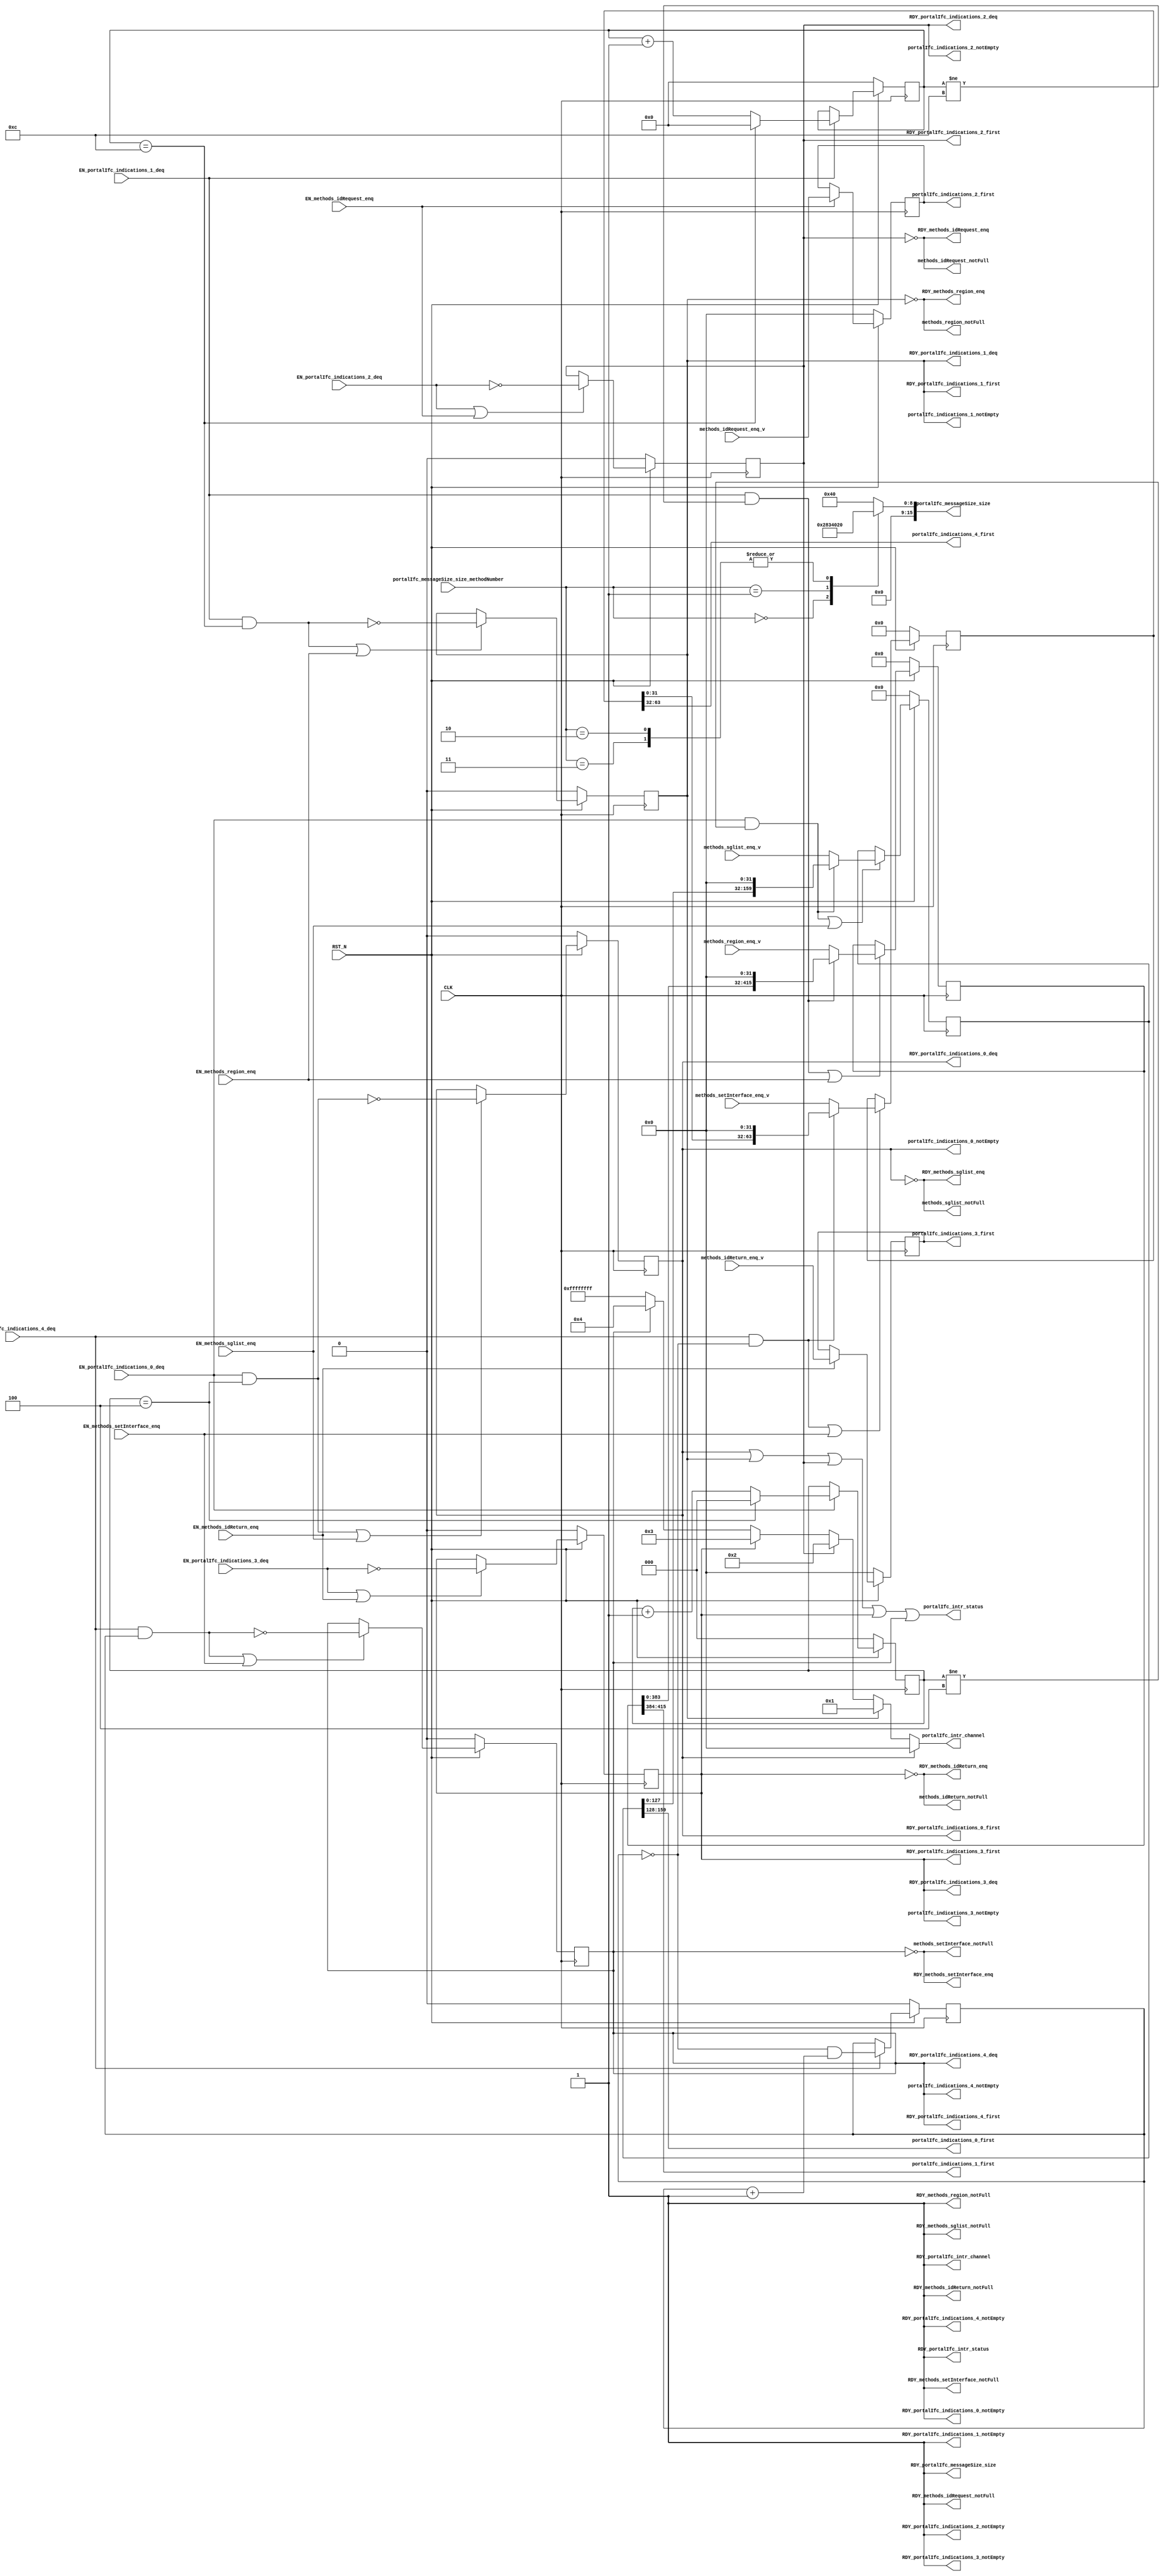
//
// Generated by Bluespec Compiler, version 2023.01 (build 52adafa5)
//
// timestamp removed
//
// BVI format method schedule info:
// schedule methods_sglist_enq  CF ( methods_region_enq,
// 				  methods_region_notFull,
// 				  methods_idRequest_enq,
// 				  methods_idRequest_notFull,
// 				  methods_idReturn_enq,
// 				  methods_idReturn_notFull,
// 				  methods_setInterface_enq,
// 				  methods_setInterface_notFull,
// 				  portalIfc_messageSize_size,
// 				  portalIfc_indications_0_first,
// 				  portalIfc_indications_0_deq,
// 				  portalIfc_indications_1_first,
// 				  portalIfc_indications_1_deq,
// 				  portalIfc_indications_1_notEmpty,
// 				  portalIfc_indications_2_first,
// 				  portalIfc_indications_2_deq,
// 				  portalIfc_indications_2_notEmpty,
// 				  portalIfc_indications_3_first,
// 				  portalIfc_indications_3_deq,
// 				  portalIfc_indications_3_notEmpty,
// 				  portalIfc_indications_4_first,
// 				  portalIfc_indications_4_deq,
// 				  portalIfc_indications_4_notEmpty );
// schedule methods_sglist_enq  C ( methods_sglist_enq );
//
// schedule methods_sglist_notFull  CF ( methods_sglist_notFull,
// 				      methods_region_enq,
// 				      methods_region_notFull,
// 				      methods_idRequest_enq,
// 				      methods_idRequest_notFull,
// 				      methods_idReturn_enq,
// 				      methods_idReturn_notFull,
// 				      methods_setInterface_enq,
// 				      methods_setInterface_notFull,
// 				      portalIfc_messageSize_size,
// 				      portalIfc_indications_0_first,
// 				      portalIfc_indications_0_notEmpty,
// 				      portalIfc_indications_1_first,
// 				      portalIfc_indications_1_deq,
// 				      portalIfc_indications_1_notEmpty,
// 				      portalIfc_indications_2_first,
// 				      portalIfc_indications_2_deq,
// 				      portalIfc_indications_2_notEmpty,
// 				      portalIfc_indications_3_first,
// 				      portalIfc_indications_3_deq,
// 				      portalIfc_indications_3_notEmpty,
// 				      portalIfc_indications_4_first,
// 				      portalIfc_indications_4_deq,
// 				      portalIfc_indications_4_notEmpty,
// 				      portalIfc_intr_status,
// 				      portalIfc_intr_channel );
// schedule methods_sglist_notFull  SB ( methods_sglist_enq,
// 				      portalIfc_indications_0_deq );
//
// schedule methods_region_enq  CF ( methods_sglist_enq,
// 				  methods_sglist_notFull,
// 				  methods_idRequest_enq,
// 				  methods_idRequest_notFull,
// 				  methods_idReturn_enq,
// 				  methods_idReturn_notFull,
// 				  methods_setInterface_enq,
// 				  methods_setInterface_notFull,
// 				  portalIfc_messageSize_size,
// 				  portalIfc_indications_0_first,
// 				  portalIfc_indications_0_deq,
// 				  portalIfc_indications_0_notEmpty,
// 				  portalIfc_indications_1_first,
// 				  portalIfc_indications_1_deq,
// 				  portalIfc_indications_2_first,
// 				  portalIfc_indications_2_deq,
// 				  portalIfc_indications_2_notEmpty,
// 				  portalIfc_indications_3_first,
// 				  portalIfc_indications_3_deq,
// 				  portalIfc_indications_3_notEmpty,
// 				  portalIfc_indications_4_first,
// 				  portalIfc_indications_4_deq,
// 				  portalIfc_indications_4_notEmpty );
// schedule methods_region_enq  C ( methods_region_enq );
//
// schedule methods_region_notFull  CF ( methods_sglist_enq,
// 				      methods_sglist_notFull,
// 				      methods_region_notFull,
// 				      methods_idRequest_enq,
// 				      methods_idRequest_notFull,
// 				      methods_idReturn_enq,
// 				      methods_idReturn_notFull,
// 				      methods_setInterface_enq,
// 				      methods_setInterface_notFull,
// 				      portalIfc_messageSize_size,
// 				      portalIfc_indications_0_first,
// 				      portalIfc_indications_0_deq,
// 				      portalIfc_indications_0_notEmpty,
// 				      portalIfc_indications_1_first,
// 				      portalIfc_indications_1_notEmpty,
// 				      portalIfc_indications_2_first,
// 				      portalIfc_indications_2_deq,
// 				      portalIfc_indications_2_notEmpty,
// 				      portalIfc_indications_3_first,
// 				      portalIfc_indications_3_deq,
// 				      portalIfc_indications_3_notEmpty,
// 				      portalIfc_indications_4_first,
// 				      portalIfc_indications_4_deq,
// 				      portalIfc_indications_4_notEmpty,
// 				      portalIfc_intr_status,
// 				      portalIfc_intr_channel );
// schedule methods_region_notFull  SB ( methods_region_enq,
// 				      portalIfc_indications_1_deq );
//
// schedule methods_idRequest_enq  CF ( methods_sglist_enq,
// 				     methods_sglist_notFull,
// 				     methods_region_enq,
// 				     methods_region_notFull,
// 				     methods_idReturn_enq,
// 				     methods_idReturn_notFull,
// 				     methods_setInterface_enq,
// 				     methods_setInterface_notFull,
// 				     portalIfc_messageSize_size,
// 				     portalIfc_indications_0_first,
// 				     portalIfc_indications_0_deq,
// 				     portalIfc_indications_0_notEmpty,
// 				     portalIfc_indications_1_first,
// 				     portalIfc_indications_1_deq,
// 				     portalIfc_indications_1_notEmpty,
// 				     portalIfc_indications_2_first,
// 				     portalIfc_indications_2_deq,
// 				     portalIfc_indications_3_first,
// 				     portalIfc_indications_3_deq,
// 				     portalIfc_indications_3_notEmpty,
// 				     portalIfc_indications_4_first,
// 				     portalIfc_indications_4_deq,
// 				     portalIfc_indications_4_notEmpty );
// schedule methods_idRequest_enq  C ( methods_idRequest_enq );
//
// schedule methods_idRequest_notFull  CF ( methods_sglist_enq,
// 					 methods_sglist_notFull,
// 					 methods_region_enq,
// 					 methods_region_notFull,
// 					 methods_idRequest_notFull,
// 					 methods_idReturn_enq,
// 					 methods_idReturn_notFull,
// 					 methods_setInterface_enq,
// 					 methods_setInterface_notFull,
// 					 portalIfc_messageSize_size,
// 					 portalIfc_indications_0_first,
// 					 portalIfc_indications_0_deq,
// 					 portalIfc_indications_0_notEmpty,
// 					 portalIfc_indications_1_first,
// 					 portalIfc_indications_1_deq,
// 					 portalIfc_indications_1_notEmpty,
// 					 portalIfc_indications_2_first,
// 					 portalIfc_indications_2_notEmpty,
// 					 portalIfc_indications_3_first,
// 					 portalIfc_indications_3_deq,
// 					 portalIfc_indications_3_notEmpty,
// 					 portalIfc_indications_4_first,
// 					 portalIfc_indications_4_deq,
// 					 portalIfc_indications_4_notEmpty,
// 					 portalIfc_intr_status,
// 					 portalIfc_intr_channel );
// schedule methods_idRequest_notFull  SB ( methods_idRequest_enq,
// 					 portalIfc_indications_2_deq );
//
// schedule methods_idReturn_enq  CF ( methods_sglist_enq,
// 				    methods_sglist_notFull,
// 				    methods_region_enq,
// 				    methods_region_notFull,
// 				    methods_idRequest_enq,
// 				    methods_idRequest_notFull,
// 				    methods_setInterface_enq,
// 				    methods_setInterface_notFull,
// 				    portalIfc_messageSize_size,
// 				    portalIfc_indications_0_first,
// 				    portalIfc_indications_0_deq,
// 				    portalIfc_indications_0_notEmpty,
// 				    portalIfc_indications_1_first,
// 				    portalIfc_indications_1_deq,
// 				    portalIfc_indications_1_notEmpty,
// 				    portalIfc_indications_2_first,
// 				    portalIfc_indications_2_deq,
// 				    portalIfc_indications_2_notEmpty,
// 				    portalIfc_indications_3_first,
// 				    portalIfc_indications_3_deq,
// 				    portalIfc_indications_4_first,
// 				    portalIfc_indications_4_deq,
// 				    portalIfc_indications_4_notEmpty );
// schedule methods_idReturn_enq  C ( methods_idReturn_enq );
//
// schedule methods_idReturn_notFull  CF ( methods_sglist_enq,
// 					methods_sglist_notFull,
// 					methods_region_enq,
// 					methods_region_notFull,
// 					methods_idRequest_enq,
// 					methods_idRequest_notFull,
// 					methods_idReturn_notFull,
// 					methods_setInterface_enq,
// 					methods_setInterface_notFull,
// 					portalIfc_messageSize_size,
// 					portalIfc_indications_0_first,
// 					portalIfc_indications_0_deq,
// 					portalIfc_indications_0_notEmpty,
// 					portalIfc_indications_1_first,
// 					portalIfc_indications_1_deq,
// 					portalIfc_indications_1_notEmpty,
// 					portalIfc_indications_2_first,
// 					portalIfc_indications_2_deq,
// 					portalIfc_indications_2_notEmpty,
// 					portalIfc_indications_3_first,
// 					portalIfc_indications_3_notEmpty,
// 					portalIfc_indications_4_first,
// 					portalIfc_indications_4_deq,
// 					portalIfc_indications_4_notEmpty,
// 					portalIfc_intr_status,
// 					portalIfc_intr_channel );
// schedule methods_idReturn_notFull  SB ( methods_idReturn_enq,
// 					portalIfc_indications_3_deq );
//
// schedule methods_setInterface_enq  CF ( methods_sglist_enq,
// 					methods_sglist_notFull,
// 					methods_region_enq,
// 					methods_region_notFull,
// 					methods_idRequest_enq,
// 					methods_idRequest_notFull,
// 					methods_idReturn_enq,
// 					methods_idReturn_notFull,
// 					portalIfc_messageSize_size,
// 					portalIfc_indications_0_first,
// 					portalIfc_indications_0_deq,
// 					portalIfc_indications_0_notEmpty,
// 					portalIfc_indications_1_first,
// 					portalIfc_indications_1_deq,
// 					portalIfc_indications_1_notEmpty,
// 					portalIfc_indications_2_first,
// 					portalIfc_indications_2_deq,
// 					portalIfc_indications_2_notEmpty,
// 					portalIfc_indications_3_first,
// 					portalIfc_indications_3_deq,
// 					portalIfc_indications_3_notEmpty,
// 					portalIfc_indications_4_first,
// 					portalIfc_indications_4_deq );
// schedule methods_setInterface_enq  C ( methods_setInterface_enq );
//
// schedule methods_setInterface_notFull  CF ( methods_sglist_enq,
// 					    methods_sglist_notFull,
// 					    methods_region_enq,
// 					    methods_region_notFull,
// 					    methods_idRequest_enq,
// 					    methods_idRequest_notFull,
// 					    methods_idReturn_enq,
// 					    methods_idReturn_notFull,
// 					    methods_setInterface_notFull,
// 					    portalIfc_messageSize_size,
// 					    portalIfc_indications_0_first,
// 					    portalIfc_indications_0_deq,
// 					    portalIfc_indications_0_notEmpty,
// 					    portalIfc_indications_1_first,
// 					    portalIfc_indications_1_deq,
// 					    portalIfc_indications_1_notEmpty,
// 					    portalIfc_indications_2_first,
// 					    portalIfc_indications_2_deq,
// 					    portalIfc_indications_2_notEmpty,
// 					    portalIfc_indications_3_first,
// 					    portalIfc_indications_3_deq,
// 					    portalIfc_indications_3_notEmpty,
// 					    portalIfc_indications_4_first,
// 					    portalIfc_indications_4_notEmpty,
// 					    portalIfc_intr_status,
// 					    portalIfc_intr_channel );
// schedule methods_setInterface_notFull  SB ( methods_setInterface_enq,
// 					    portalIfc_indications_4_deq );
//
// schedule portalIfc_messageSize_size  CF ( methods_sglist_enq,
// 					  methods_sglist_notFull,
// 					  methods_region_enq,
// 					  methods_region_notFull,
// 					  methods_idRequest_enq,
// 					  methods_idRequest_notFull,
// 					  methods_idReturn_enq,
// 					  methods_idReturn_notFull,
// 					  methods_setInterface_enq,
// 					  methods_setInterface_notFull,
// 					  portalIfc_messageSize_size,
// 					  portalIfc_indications_0_first,
// 					  portalIfc_indications_0_deq,
// 					  portalIfc_indications_0_notEmpty,
// 					  portalIfc_indications_1_first,
// 					  portalIfc_indications_1_deq,
// 					  portalIfc_indications_1_notEmpty,
// 					  portalIfc_indications_2_first,
// 					  portalIfc_indications_2_deq,
// 					  portalIfc_indications_2_notEmpty,
// 					  portalIfc_indications_3_first,
// 					  portalIfc_indications_3_deq,
// 					  portalIfc_indications_3_notEmpty,
// 					  portalIfc_indications_4_first,
// 					  portalIfc_indications_4_deq,
// 					  portalIfc_indications_4_notEmpty,
// 					  portalIfc_intr_status,
// 					  portalIfc_intr_channel );
//
// schedule portalIfc_indications_0_first  CF ( methods_sglist_enq,
// 					     methods_sglist_notFull,
// 					     methods_region_enq,
// 					     methods_region_notFull,
// 					     methods_idRequest_enq,
// 					     methods_idRequest_notFull,
// 					     methods_idReturn_enq,
// 					     methods_idReturn_notFull,
// 					     methods_setInterface_enq,
// 					     methods_setInterface_notFull,
// 					     portalIfc_messageSize_size,
// 					     portalIfc_indications_0_first,
// 					     portalIfc_indications_0_notEmpty,
// 					     portalIfc_indications_1_first,
// 					     portalIfc_indications_1_deq,
// 					     portalIfc_indications_1_notEmpty,
// 					     portalIfc_indications_2_first,
// 					     portalIfc_indications_2_deq,
// 					     portalIfc_indications_2_notEmpty,
// 					     portalIfc_indications_3_first,
// 					     portalIfc_indications_3_deq,
// 					     portalIfc_indications_3_notEmpty,
// 					     portalIfc_indications_4_first,
// 					     portalIfc_indications_4_deq,
// 					     portalIfc_indications_4_notEmpty,
// 					     portalIfc_intr_status,
// 					     portalIfc_intr_channel );
// schedule portalIfc_indications_0_first  SB ( portalIfc_indications_0_deq );
//
// schedule portalIfc_indications_0_deq  CF ( methods_sglist_enq,
// 					   methods_region_enq,
// 					   methods_region_notFull,
// 					   methods_idRequest_enq,
// 					   methods_idRequest_notFull,
// 					   methods_idReturn_enq,
// 					   methods_idReturn_notFull,
// 					   methods_setInterface_enq,
// 					   methods_setInterface_notFull,
// 					   portalIfc_messageSize_size,
// 					   portalIfc_indications_1_first,
// 					   portalIfc_indications_1_deq,
// 					   portalIfc_indications_1_notEmpty,
// 					   portalIfc_indications_2_first,
// 					   portalIfc_indications_2_deq,
// 					   portalIfc_indications_2_notEmpty,
// 					   portalIfc_indications_3_first,
// 					   portalIfc_indications_3_deq,
// 					   portalIfc_indications_3_notEmpty,
// 					   portalIfc_indications_4_first,
// 					   portalIfc_indications_4_deq,
// 					   portalIfc_indications_4_notEmpty );
// schedule portalIfc_indications_0_deq  C ( portalIfc_indications_0_deq );
//
// schedule portalIfc_indications_0_notEmpty  CF ( methods_sglist_notFull,
// 						methods_region_enq,
// 						methods_region_notFull,
// 						methods_idRequest_enq,
// 						methods_idRequest_notFull,
// 						methods_idReturn_enq,
// 						methods_idReturn_notFull,
// 						methods_setInterface_enq,
// 						methods_setInterface_notFull,
// 						portalIfc_messageSize_size,
// 						portalIfc_indications_0_first,
// 						portalIfc_indications_0_notEmpty,
// 						portalIfc_indications_1_first,
// 						portalIfc_indications_1_deq,
// 						portalIfc_indications_1_notEmpty,
// 						portalIfc_indications_2_first,
// 						portalIfc_indications_2_deq,
// 						portalIfc_indications_2_notEmpty,
// 						portalIfc_indications_3_first,
// 						portalIfc_indications_3_deq,
// 						portalIfc_indications_3_notEmpty,
// 						portalIfc_indications_4_first,
// 						portalIfc_indications_4_deq,
// 						portalIfc_indications_4_notEmpty,
// 						portalIfc_intr_status,
// 						portalIfc_intr_channel );
// schedule portalIfc_indications_0_notEmpty  SB ( methods_sglist_enq,
// 						portalIfc_indications_0_deq );
//
// schedule portalIfc_indications_1_first  CF ( methods_sglist_enq,
// 					     methods_sglist_notFull,
// 					     methods_region_enq,
// 					     methods_region_notFull,
// 					     methods_idRequest_enq,
// 					     methods_idRequest_notFull,
// 					     methods_idReturn_enq,
// 					     methods_idReturn_notFull,
// 					     methods_setInterface_enq,
// 					     methods_setInterface_notFull,
// 					     portalIfc_messageSize_size,
// 					     portalIfc_indications_0_first,
// 					     portalIfc_indications_0_deq,
// 					     portalIfc_indications_0_notEmpty,
// 					     portalIfc_indications_1_first,
// 					     portalIfc_indications_1_notEmpty,
// 					     portalIfc_indications_2_first,
// 					     portalIfc_indications_2_deq,
// 					     portalIfc_indications_2_notEmpty,
// 					     portalIfc_indications_3_first,
// 					     portalIfc_indications_3_deq,
// 					     portalIfc_indications_3_notEmpty,
// 					     portalIfc_indications_4_first,
// 					     portalIfc_indications_4_deq,
// 					     portalIfc_indications_4_notEmpty,
// 					     portalIfc_intr_status,
// 					     portalIfc_intr_channel );
// schedule portalIfc_indications_1_first  SB ( portalIfc_indications_1_deq );
//
// schedule portalIfc_indications_1_deq  CF ( methods_sglist_enq,
// 					   methods_sglist_notFull,
// 					   methods_region_enq,
// 					   methods_idRequest_enq,
// 					   methods_idRequest_notFull,
// 					   methods_idReturn_enq,
// 					   methods_idReturn_notFull,
// 					   methods_setInterface_enq,
// 					   methods_setInterface_notFull,
// 					   portalIfc_messageSize_size,
// 					   portalIfc_indications_0_first,
// 					   portalIfc_indications_0_deq,
// 					   portalIfc_indications_0_notEmpty,
// 					   portalIfc_indications_2_first,
// 					   portalIfc_indications_2_deq,
// 					   portalIfc_indications_2_notEmpty,
// 					   portalIfc_indications_3_first,
// 					   portalIfc_indications_3_deq,
// 					   portalIfc_indications_3_notEmpty,
// 					   portalIfc_indications_4_first,
// 					   portalIfc_indications_4_deq,
// 					   portalIfc_indications_4_notEmpty );
// schedule portalIfc_indications_1_deq  C ( portalIfc_indications_1_deq );
//
// schedule portalIfc_indications_1_notEmpty  CF ( methods_sglist_enq,
// 						methods_sglist_notFull,
// 						methods_region_notFull,
// 						methods_idRequest_enq,
// 						methods_idRequest_notFull,
// 						methods_idReturn_enq,
// 						methods_idReturn_notFull,
// 						methods_setInterface_enq,
// 						methods_setInterface_notFull,
// 						portalIfc_messageSize_size,
// 						portalIfc_indications_0_first,
// 						portalIfc_indications_0_deq,
// 						portalIfc_indications_0_notEmpty,
// 						portalIfc_indications_1_first,
// 						portalIfc_indications_1_notEmpty,
// 						portalIfc_indications_2_first,
// 						portalIfc_indications_2_deq,
// 						portalIfc_indications_2_notEmpty,
// 						portalIfc_indications_3_first,
// 						portalIfc_indications_3_deq,
// 						portalIfc_indications_3_notEmpty,
// 						portalIfc_indications_4_first,
// 						portalIfc_indications_4_deq,
// 						portalIfc_indications_4_notEmpty,
// 						portalIfc_intr_status,
// 						portalIfc_intr_channel );
// schedule portalIfc_indications_1_notEmpty  SB ( methods_region_enq,
// 						portalIfc_indications_1_deq );
//
// schedule portalIfc_indications_2_first  CF ( methods_sglist_enq,
// 					     methods_sglist_notFull,
// 					     methods_region_enq,
// 					     methods_region_notFull,
// 					     methods_idRequest_enq,
// 					     methods_idRequest_notFull,
// 					     methods_idReturn_enq,
// 					     methods_idReturn_notFull,
// 					     methods_setInterface_enq,
// 					     methods_setInterface_notFull,
// 					     portalIfc_messageSize_size,
// 					     portalIfc_indications_0_first,
// 					     portalIfc_indications_0_deq,
// 					     portalIfc_indications_0_notEmpty,
// 					     portalIfc_indications_1_first,
// 					     portalIfc_indications_1_deq,
// 					     portalIfc_indications_1_notEmpty,
// 					     portalIfc_indications_2_first,
// 					     portalIfc_indications_2_notEmpty,
// 					     portalIfc_indications_3_first,
// 					     portalIfc_indications_3_deq,
// 					     portalIfc_indications_3_notEmpty,
// 					     portalIfc_indications_4_first,
// 					     portalIfc_indications_4_deq,
// 					     portalIfc_indications_4_notEmpty,
// 					     portalIfc_intr_status,
// 					     portalIfc_intr_channel );
// schedule portalIfc_indications_2_first  SB ( portalIfc_indications_2_deq );
//
// schedule portalIfc_indications_2_deq  CF ( methods_sglist_enq,
// 					   methods_sglist_notFull,
// 					   methods_region_enq,
// 					   methods_region_notFull,
// 					   methods_idRequest_enq,
// 					   methods_idReturn_enq,
// 					   methods_idReturn_notFull,
// 					   methods_setInterface_enq,
// 					   methods_setInterface_notFull,
// 					   portalIfc_messageSize_size,
// 					   portalIfc_indications_0_first,
// 					   portalIfc_indications_0_deq,
// 					   portalIfc_indications_0_notEmpty,
// 					   portalIfc_indications_1_first,
// 					   portalIfc_indications_1_deq,
// 					   portalIfc_indications_1_notEmpty,
// 					   portalIfc_indications_3_first,
// 					   portalIfc_indications_3_deq,
// 					   portalIfc_indications_3_notEmpty,
// 					   portalIfc_indications_4_first,
// 					   portalIfc_indications_4_deq,
// 					   portalIfc_indications_4_notEmpty );
// schedule portalIfc_indications_2_deq  C ( portalIfc_indications_2_deq );
//
// schedule portalIfc_indications_2_notEmpty  CF ( methods_sglist_enq,
// 						methods_sglist_notFull,
// 						methods_region_enq,
// 						methods_region_notFull,
// 						methods_idRequest_notFull,
// 						methods_idReturn_enq,
// 						methods_idReturn_notFull,
// 						methods_setInterface_enq,
// 						methods_setInterface_notFull,
// 						portalIfc_messageSize_size,
// 						portalIfc_indications_0_first,
// 						portalIfc_indications_0_deq,
// 						portalIfc_indications_0_notEmpty,
// 						portalIfc_indications_1_first,
// 						portalIfc_indications_1_deq,
// 						portalIfc_indications_1_notEmpty,
// 						portalIfc_indications_2_first,
// 						portalIfc_indications_2_notEmpty,
// 						portalIfc_indications_3_first,
// 						portalIfc_indications_3_deq,
// 						portalIfc_indications_3_notEmpty,
// 						portalIfc_indications_4_first,
// 						portalIfc_indications_4_deq,
// 						portalIfc_indications_4_notEmpty,
// 						portalIfc_intr_status,
// 						portalIfc_intr_channel );
// schedule portalIfc_indications_2_notEmpty  SB ( methods_idRequest_enq,
// 						portalIfc_indications_2_deq );
//
// schedule portalIfc_indications_3_first  CF ( methods_sglist_enq,
// 					     methods_sglist_notFull,
// 					     methods_region_enq,
// 					     methods_region_notFull,
// 					     methods_idRequest_enq,
// 					     methods_idRequest_notFull,
// 					     methods_idReturn_enq,
// 					     methods_idReturn_notFull,
// 					     methods_setInterface_enq,
// 					     methods_setInterface_notFull,
// 					     portalIfc_messageSize_size,
// 					     portalIfc_indications_0_first,
// 					     portalIfc_indications_0_deq,
// 					     portalIfc_indications_0_notEmpty,
// 					     portalIfc_indications_1_first,
// 					     portalIfc_indications_1_deq,
// 					     portalIfc_indications_1_notEmpty,
// 					     portalIfc_indications_2_first,
// 					     portalIfc_indications_2_deq,
// 					     portalIfc_indications_2_notEmpty,
// 					     portalIfc_indications_3_first,
// 					     portalIfc_indications_3_notEmpty,
// 					     portalIfc_indications_4_first,
// 					     portalIfc_indications_4_deq,
// 					     portalIfc_indications_4_notEmpty,
// 					     portalIfc_intr_status,
// 					     portalIfc_intr_channel );
// schedule portalIfc_indications_3_first  SB ( portalIfc_indications_3_deq );
//
// schedule portalIfc_indications_3_deq  CF ( methods_sglist_enq,
// 					   methods_sglist_notFull,
// 					   methods_region_enq,
// 					   methods_region_notFull,
// 					   methods_idRequest_enq,
// 					   methods_idRequest_notFull,
// 					   methods_idReturn_enq,
// 					   methods_setInterface_enq,
// 					   methods_setInterface_notFull,
// 					   portalIfc_messageSize_size,
// 					   portalIfc_indications_0_first,
// 					   portalIfc_indications_0_deq,
// 					   portalIfc_indications_0_notEmpty,
// 					   portalIfc_indications_1_first,
// 					   portalIfc_indications_1_deq,
// 					   portalIfc_indications_1_notEmpty,
// 					   portalIfc_indications_2_first,
// 					   portalIfc_indications_2_deq,
// 					   portalIfc_indications_2_notEmpty,
// 					   portalIfc_indications_4_first,
// 					   portalIfc_indications_4_deq,
// 					   portalIfc_indications_4_notEmpty );
// schedule portalIfc_indications_3_deq  C ( portalIfc_indications_3_deq );
//
// schedule portalIfc_indications_3_notEmpty  CF ( methods_sglist_enq,
// 						methods_sglist_notFull,
// 						methods_region_enq,
// 						methods_region_notFull,
// 						methods_idRequest_enq,
// 						methods_idRequest_notFull,
// 						methods_idReturn_notFull,
// 						methods_setInterface_enq,
// 						methods_setInterface_notFull,
// 						portalIfc_messageSize_size,
// 						portalIfc_indications_0_first,
// 						portalIfc_indications_0_deq,
// 						portalIfc_indications_0_notEmpty,
// 						portalIfc_indications_1_first,
// 						portalIfc_indications_1_deq,
// 						portalIfc_indications_1_notEmpty,
// 						portalIfc_indications_2_first,
// 						portalIfc_indications_2_deq,
// 						portalIfc_indications_2_notEmpty,
// 						portalIfc_indications_3_first,
// 						portalIfc_indications_3_notEmpty,
// 						portalIfc_indications_4_first,
// 						portalIfc_indications_4_deq,
// 						portalIfc_indications_4_notEmpty,
// 						portalIfc_intr_status,
// 						portalIfc_intr_channel );
// schedule portalIfc_indications_3_notEmpty  SB ( methods_idReturn_enq,
// 						portalIfc_indications_3_deq );
//
// schedule portalIfc_indications_4_first  CF ( methods_sglist_enq,
// 					     methods_sglist_notFull,
// 					     methods_region_enq,
// 					     methods_region_notFull,
// 					     methods_idRequest_enq,
// 					     methods_idRequest_notFull,
// 					     methods_idReturn_enq,
// 					     methods_idReturn_notFull,
// 					     methods_setInterface_enq,
// 					     methods_setInterface_notFull,
// 					     portalIfc_messageSize_size,
// 					     portalIfc_indications_0_first,
// 					     portalIfc_indications_0_deq,
// 					     portalIfc_indications_0_notEmpty,
// 					     portalIfc_indications_1_first,
// 					     portalIfc_indications_1_deq,
// 					     portalIfc_indications_1_notEmpty,
// 					     portalIfc_indications_2_first,
// 					     portalIfc_indications_2_deq,
// 					     portalIfc_indications_2_notEmpty,
// 					     portalIfc_indications_3_first,
// 					     portalIfc_indications_3_deq,
// 					     portalIfc_indications_3_notEmpty,
// 					     portalIfc_indications_4_first,
// 					     portalIfc_indications_4_notEmpty,
// 					     portalIfc_intr_status,
// 					     portalIfc_intr_channel );
// schedule portalIfc_indications_4_first  SB ( portalIfc_indications_4_deq );
//
// schedule portalIfc_indications_4_deq  CF ( methods_sglist_enq,
// 					   methods_sglist_notFull,
// 					   methods_region_enq,
// 					   methods_region_notFull,
// 					   methods_idRequest_enq,
// 					   methods_idRequest_notFull,
// 					   methods_idReturn_enq,
// 					   methods_idReturn_notFull,
// 					   methods_setInterface_enq,
// 					   portalIfc_messageSize_size,
// 					   portalIfc_indications_0_first,
// 					   portalIfc_indications_0_deq,
// 					   portalIfc_indications_0_notEmpty,
// 					   portalIfc_indications_1_first,
// 					   portalIfc_indications_1_deq,
// 					   portalIfc_indications_1_notEmpty,
// 					   portalIfc_indications_2_first,
// 					   portalIfc_indications_2_deq,
// 					   portalIfc_indications_2_notEmpty,
// 					   portalIfc_indications_3_first,
// 					   portalIfc_indications_3_deq,
// 					   portalIfc_indications_3_notEmpty );
// schedule portalIfc_indications_4_deq  C ( portalIfc_indications_4_deq );
//
// schedule portalIfc_indications_4_notEmpty  CF ( methods_sglist_enq,
// 						methods_sglist_notFull,
// 						methods_region_enq,
// 						methods_region_notFull,
// 						methods_idRequest_enq,
// 						methods_idRequest_notFull,
// 						methods_idReturn_enq,
// 						methods_idReturn_notFull,
// 						methods_setInterface_notFull,
// 						portalIfc_messageSize_size,
// 						portalIfc_indications_0_first,
// 						portalIfc_indications_0_deq,
// 						portalIfc_indications_0_notEmpty,
// 						portalIfc_indications_1_first,
// 						portalIfc_indications_1_deq,
// 						portalIfc_indications_1_notEmpty,
// 						portalIfc_indications_2_first,
// 						portalIfc_indications_2_deq,
// 						portalIfc_indications_2_notEmpty,
// 						portalIfc_indications_3_first,
// 						portalIfc_indications_3_deq,
// 						portalIfc_indications_3_notEmpty,
// 						portalIfc_indications_4_first,
// 						portalIfc_indications_4_notEmpty,
// 						portalIfc_intr_status,
// 						portalIfc_intr_channel );
// schedule portalIfc_indications_4_notEmpty  SB ( methods_setInterface_enq,
// 						portalIfc_indications_4_deq );
//
// schedule portalIfc_intr_status  CF ( methods_sglist_notFull,
// 				     methods_region_notFull,
// 				     methods_idRequest_notFull,
// 				     methods_idReturn_notFull,
// 				     methods_setInterface_notFull,
// 				     portalIfc_messageSize_size,
// 				     portalIfc_indications_0_first,
// 				     portalIfc_indications_0_notEmpty,
// 				     portalIfc_indications_1_first,
// 				     portalIfc_indications_1_notEmpty,
// 				     portalIfc_indications_2_first,
// 				     portalIfc_indications_2_notEmpty,
// 				     portalIfc_indications_3_first,
// 				     portalIfc_indications_3_notEmpty,
// 				     portalIfc_indications_4_first,
// 				     portalIfc_indications_4_notEmpty,
// 				     portalIfc_intr_status,
// 				     portalIfc_intr_channel );
// schedule portalIfc_intr_status  SB ( methods_sglist_enq,
// 				     methods_region_enq,
// 				     methods_idRequest_enq,
// 				     methods_idReturn_enq,
// 				     methods_setInterface_enq,
// 				     portalIfc_indications_0_deq,
// 				     portalIfc_indications_1_deq,
// 				     portalIfc_indications_2_deq,
// 				     portalIfc_indications_3_deq,
// 				     portalIfc_indications_4_deq );
//
// schedule portalIfc_intr_channel  CF ( methods_sglist_notFull,
// 				      methods_region_notFull,
// 				      methods_idRequest_notFull,
// 				      methods_idReturn_notFull,
// 				      methods_setInterface_notFull,
// 				      portalIfc_messageSize_size,
// 				      portalIfc_indications_0_first,
// 				      portalIfc_indications_0_notEmpty,
// 				      portalIfc_indications_1_first,
// 				      portalIfc_indications_1_notEmpty,
// 				      portalIfc_indications_2_first,
// 				      portalIfc_indications_2_notEmpty,
// 				      portalIfc_indications_3_first,
// 				      portalIfc_indications_3_notEmpty,
// 				      portalIfc_indications_4_first,
// 				      portalIfc_indications_4_notEmpty,
// 				      portalIfc_intr_status,
// 				      portalIfc_intr_channel );
// schedule portalIfc_intr_channel  SB ( methods_sglist_enq,
// 				      methods_region_enq,
// 				      methods_idRequest_enq,
// 				      methods_idReturn_enq,
// 				      methods_setInterface_enq,
// 				      portalIfc_indications_0_deq,
// 				      portalIfc_indications_1_deq,
// 				      portalIfc_indications_2_deq,
// 				      portalIfc_indications_3_deq,
// 				      portalIfc_indications_4_deq );
//
//
// Ports:
// Name                         I/O  size props
// RDY_methods_sglist_enq         O     1
// methods_sglist_notFull         O     1
// RDY_methods_sglist_notFull     O     1 const
// RDY_methods_region_enq         O     1
// methods_region_notFull         O     1
// RDY_methods_region_notFull     O     1 const
// RDY_methods_idRequest_enq      O     1
// methods_idRequest_notFull      O     1
// RDY_methods_idRequest_notFull  O     1 const
// RDY_methods_idReturn_enq       O     1
// methods_idReturn_notFull       O     1
// RDY_methods_idReturn_notFull   O     1 const
// RDY_methods_setInterface_enq   O     1
// methods_setInterface_notFull   O     1
// RDY_methods_setInterface_notFull  O     1 const
// portalIfc_messageSize_size     O    16
// RDY_portalIfc_messageSize_size  O     1 const
// portalIfc_indications_0_first  O    32 reg
// RDY_portalIfc_indications_0_first  O     1 reg
// RDY_portalIfc_indications_0_deq  O     1 reg
// portalIfc_indications_0_notEmpty  O     1 reg
// RDY_portalIfc_indications_0_notEmpty  O     1 const
// portalIfc_indications_1_first  O    32 reg
// RDY_portalIfc_indications_1_first  O     1 reg
// RDY_portalIfc_indications_1_deq  O     1 reg
// portalIfc_indications_1_notEmpty  O     1 reg
// RDY_portalIfc_indications_1_notEmpty  O     1 const
// portalIfc_indications_2_first  O    32 reg
// RDY_portalIfc_indications_2_first  O     1 reg
// RDY_portalIfc_indications_2_deq  O     1 reg
// portalIfc_indications_2_notEmpty  O     1 reg
// RDY_portalIfc_indications_2_notEmpty  O     1 const
// portalIfc_indications_3_first  O    32 reg
// RDY_portalIfc_indications_3_first  O     1 reg
// RDY_portalIfc_indications_3_deq  O     1 reg
// portalIfc_indications_3_notEmpty  O     1 reg
// RDY_portalIfc_indications_3_notEmpty  O     1 const
// portalIfc_indications_4_first  O    32 reg
// RDY_portalIfc_indications_4_first  O     1 reg
// RDY_portalIfc_indications_4_deq  O     1 reg
// portalIfc_indications_4_notEmpty  O     1 reg
// RDY_portalIfc_indications_4_notEmpty  O     1 const
// portalIfc_intr_status          O     1
// RDY_portalIfc_intr_status      O     1 const
// portalIfc_intr_channel         O    32
// RDY_portalIfc_intr_channel     O     1 const
// CLK                            I     1 clock
// RST_N                          I     1 reset
// methods_sglist_enq_v           I   160
// methods_region_enq_v           I   416
// methods_idRequest_enq_v        I    32 reg
// methods_idReturn_enq_v         I    32 reg
// methods_setInterface_enq_v     I    64
// portalIfc_messageSize_size_methodNumber  I    16
// EN_methods_sglist_enq          I     1
// EN_methods_region_enq          I     1
// EN_methods_idRequest_enq       I     1
// EN_methods_idReturn_enq        I     1
// EN_methods_setInterface_enq    I     1
// EN_portalIfc_indications_0_deq  I     1
// EN_portalIfc_indications_1_deq  I     1
// EN_portalIfc_indications_2_deq  I     1
// EN_portalIfc_indications_3_deq  I     1
// EN_portalIfc_indications_4_deq  I     1
//
// Combinational paths from inputs to outputs:
//   portalIfc_messageSize_size_methodNumber -> portalIfc_messageSize_size
//
//

`ifdef BSV_ASSIGNMENT_DELAY
`else
  `define BSV_ASSIGNMENT_DELAY
`endif

`ifdef BSV_POSITIVE_RESET
  `define BSV_RESET_VALUE 1'b1
  `define BSV_RESET_EDGE posedge
`else
  `define BSV_RESET_VALUE 1'b0
  `define BSV_RESET_EDGE negedge
`endif

module mkMMURequestOutputPipes(CLK,
			       RST_N,

			       methods_sglist_enq_v,
			       EN_methods_sglist_enq,
			       RDY_methods_sglist_enq,

			       methods_sglist_notFull,
			       RDY_methods_sglist_notFull,

			       methods_region_enq_v,
			       EN_methods_region_enq,
			       RDY_methods_region_enq,

			       methods_region_notFull,
			       RDY_methods_region_notFull,

			       methods_idRequest_enq_v,
			       EN_methods_idRequest_enq,
			       RDY_methods_idRequest_enq,

			       methods_idRequest_notFull,
			       RDY_methods_idRequest_notFull,

			       methods_idReturn_enq_v,
			       EN_methods_idReturn_enq,
			       RDY_methods_idReturn_enq,

			       methods_idReturn_notFull,
			       RDY_methods_idReturn_notFull,

			       methods_setInterface_enq_v,
			       EN_methods_setInterface_enq,
			       RDY_methods_setInterface_enq,

			       methods_setInterface_notFull,
			       RDY_methods_setInterface_notFull,

			       portalIfc_messageSize_size_methodNumber,
			       portalIfc_messageSize_size,
			       RDY_portalIfc_messageSize_size,

			       portalIfc_indications_0_first,
			       RDY_portalIfc_indications_0_first,

			       EN_portalIfc_indications_0_deq,
			       RDY_portalIfc_indications_0_deq,

			       portalIfc_indications_0_notEmpty,
			       RDY_portalIfc_indications_0_notEmpty,

			       portalIfc_indications_1_first,
			       RDY_portalIfc_indications_1_first,

			       EN_portalIfc_indications_1_deq,
			       RDY_portalIfc_indications_1_deq,

			       portalIfc_indications_1_notEmpty,
			       RDY_portalIfc_indications_1_notEmpty,

			       portalIfc_indications_2_first,
			       RDY_portalIfc_indications_2_first,

			       EN_portalIfc_indications_2_deq,
			       RDY_portalIfc_indications_2_deq,

			       portalIfc_indications_2_notEmpty,
			       RDY_portalIfc_indications_2_notEmpty,

			       portalIfc_indications_3_first,
			       RDY_portalIfc_indications_3_first,

			       EN_portalIfc_indications_3_deq,
			       RDY_portalIfc_indications_3_deq,

			       portalIfc_indications_3_notEmpty,
			       RDY_portalIfc_indications_3_notEmpty,

			       portalIfc_indications_4_first,
			       RDY_portalIfc_indications_4_first,

			       EN_portalIfc_indications_4_deq,
			       RDY_portalIfc_indications_4_deq,

			       portalIfc_indications_4_notEmpty,
			       RDY_portalIfc_indications_4_notEmpty,

			       portalIfc_intr_status,
			       RDY_portalIfc_intr_status,

			       portalIfc_intr_channel,
			       RDY_portalIfc_intr_channel);
  input  CLK;
  input  RST_N;

  // action method methods_sglist_enq
  input  [159 : 0] methods_sglist_enq_v;
  input  EN_methods_sglist_enq;
  output RDY_methods_sglist_enq;

  // value method methods_sglist_notFull
  output methods_sglist_notFull;
  output RDY_methods_sglist_notFull;

  // action method methods_region_enq
  input  [415 : 0] methods_region_enq_v;
  input  EN_methods_region_enq;
  output RDY_methods_region_enq;

  // value method methods_region_notFull
  output methods_region_notFull;
  output RDY_methods_region_notFull;

  // action method methods_idRequest_enq
  input  [31 : 0] methods_idRequest_enq_v;
  input  EN_methods_idRequest_enq;
  output RDY_methods_idRequest_enq;

  // value method methods_idRequest_notFull
  output methods_idRequest_notFull;
  output RDY_methods_idRequest_notFull;

  // action method methods_idReturn_enq
  input  [31 : 0] methods_idReturn_enq_v;
  input  EN_methods_idReturn_enq;
  output RDY_methods_idReturn_enq;

  // value method methods_idReturn_notFull
  output methods_idReturn_notFull;
  output RDY_methods_idReturn_notFull;

  // action method methods_setInterface_enq
  input  [63 : 0] methods_setInterface_enq_v;
  input  EN_methods_setInterface_enq;
  output RDY_methods_setInterface_enq;

  // value method methods_setInterface_notFull
  output methods_setInterface_notFull;
  output RDY_methods_setInterface_notFull;

  // value method portalIfc_messageSize_size
  input  [15 : 0] portalIfc_messageSize_size_methodNumber;
  output [15 : 0] portalIfc_messageSize_size;
  output RDY_portalIfc_messageSize_size;

  // value method portalIfc_indications_0_first
  output [31 : 0] portalIfc_indications_0_first;
  output RDY_portalIfc_indications_0_first;

  // action method portalIfc_indications_0_deq
  input  EN_portalIfc_indications_0_deq;
  output RDY_portalIfc_indications_0_deq;

  // value method portalIfc_indications_0_notEmpty
  output portalIfc_indications_0_notEmpty;
  output RDY_portalIfc_indications_0_notEmpty;

  // value method portalIfc_indications_1_first
  output [31 : 0] portalIfc_indications_1_first;
  output RDY_portalIfc_indications_1_first;

  // action method portalIfc_indications_1_deq
  input  EN_portalIfc_indications_1_deq;
  output RDY_portalIfc_indications_1_deq;

  // value method portalIfc_indications_1_notEmpty
  output portalIfc_indications_1_notEmpty;
  output RDY_portalIfc_indications_1_notEmpty;

  // value method portalIfc_indications_2_first
  output [31 : 0] portalIfc_indications_2_first;
  output RDY_portalIfc_indications_2_first;

  // action method portalIfc_indications_2_deq
  input  EN_portalIfc_indications_2_deq;
  output RDY_portalIfc_indications_2_deq;

  // value method portalIfc_indications_2_notEmpty
  output portalIfc_indications_2_notEmpty;
  output RDY_portalIfc_indications_2_notEmpty;

  // value method portalIfc_indications_3_first
  output [31 : 0] portalIfc_indications_3_first;
  output RDY_portalIfc_indications_3_first;

  // action method portalIfc_indications_3_deq
  input  EN_portalIfc_indications_3_deq;
  output RDY_portalIfc_indications_3_deq;

  // value method portalIfc_indications_3_notEmpty
  output portalIfc_indications_3_notEmpty;
  output RDY_portalIfc_indications_3_notEmpty;

  // value method portalIfc_indications_4_first
  output [31 : 0] portalIfc_indications_4_first;
  output RDY_portalIfc_indications_4_first;

  // action method portalIfc_indications_4_deq
  input  EN_portalIfc_indications_4_deq;
  output RDY_portalIfc_indications_4_deq;

  // value method portalIfc_indications_4_notEmpty
  output portalIfc_indications_4_notEmpty;
  output RDY_portalIfc_indications_4_notEmpty;

  // value method portalIfc_intr_status
  output portalIfc_intr_status;
  output RDY_portalIfc_intr_status;

  // value method portalIfc_intr_channel
  output [31 : 0] portalIfc_intr_channel;
  output RDY_portalIfc_intr_channel;

  // signals for module outputs
  reg [15 : 0] portalIfc_messageSize_size;
  wire [31 : 0] portalIfc_indications_0_first,
		portalIfc_indications_1_first,
		portalIfc_indications_2_first,
		portalIfc_indications_3_first,
		portalIfc_indications_4_first,
		portalIfc_intr_channel;
  wire RDY_methods_idRequest_enq,
       RDY_methods_idRequest_notFull,
       RDY_methods_idReturn_enq,
       RDY_methods_idReturn_notFull,
       RDY_methods_region_enq,
       RDY_methods_region_notFull,
       RDY_methods_setInterface_enq,
       RDY_methods_setInterface_notFull,
       RDY_methods_sglist_enq,
       RDY_methods_sglist_notFull,
       RDY_portalIfc_indications_0_deq,
       RDY_portalIfc_indications_0_first,
       RDY_portalIfc_indications_0_notEmpty,
       RDY_portalIfc_indications_1_deq,
       RDY_portalIfc_indications_1_first,
       RDY_portalIfc_indications_1_notEmpty,
       RDY_portalIfc_indications_2_deq,
       RDY_portalIfc_indications_2_first,
       RDY_portalIfc_indications_2_notEmpty,
       RDY_portalIfc_indications_3_deq,
       RDY_portalIfc_indications_3_first,
       RDY_portalIfc_indications_3_notEmpty,
       RDY_portalIfc_indications_4_deq,
       RDY_portalIfc_indications_4_first,
       RDY_portalIfc_indications_4_notEmpty,
       RDY_portalIfc_intr_channel,
       RDY_portalIfc_intr_status,
       RDY_portalIfc_messageSize_size,
       methods_idRequest_notFull,
       methods_idReturn_notFull,
       methods_region_notFull,
       methods_setInterface_notFull,
       methods_sglist_notFull,
       portalIfc_indications_0_notEmpty,
       portalIfc_indications_1_notEmpty,
       portalIfc_indications_2_notEmpty,
       portalIfc_indications_3_notEmpty,
       portalIfc_indications_4_notEmpty,
       portalIfc_intr_status;

  // register idRequest_responseAdapter_bits
  reg [31 : 0] idRequest_responseAdapter_bits;
  wire [31 : 0] idRequest_responseAdapter_bits_D_IN;
  wire idRequest_responseAdapter_bits_EN;

  // register idRequest_responseAdapter_notEmptyReg
  reg idRequest_responseAdapter_notEmptyReg;
  wire idRequest_responseAdapter_notEmptyReg_D_IN,
       idRequest_responseAdapter_notEmptyReg_EN;

  // register idRequest_responseAdapter_shift
  reg [5 : 0] idRequest_responseAdapter_shift;
  wire [5 : 0] idRequest_responseAdapter_shift_D_IN;
  wire idRequest_responseAdapter_shift_EN;

  // register idReturn_responseAdapter_bits
  reg [31 : 0] idReturn_responseAdapter_bits;
  wire [31 : 0] idReturn_responseAdapter_bits_D_IN;
  wire idReturn_responseAdapter_bits_EN;

  // register idReturn_responseAdapter_notEmptyReg
  reg idReturn_responseAdapter_notEmptyReg;
  wire idReturn_responseAdapter_notEmptyReg_D_IN,
       idReturn_responseAdapter_notEmptyReg_EN;

  // register idReturn_responseAdapter_shift
  reg [5 : 0] idReturn_responseAdapter_shift;
  wire [5 : 0] idReturn_responseAdapter_shift_D_IN;
  wire idReturn_responseAdapter_shift_EN;

  // register region_responseAdapter_bits
  reg [415 : 0] region_responseAdapter_bits;
  wire [415 : 0] region_responseAdapter_bits_D_IN;
  wire region_responseAdapter_bits_EN;

  // register region_responseAdapter_count
  reg [3 : 0] region_responseAdapter_count;
  wire [3 : 0] region_responseAdapter_count_D_IN;
  wire region_responseAdapter_count_EN;

  // register region_responseAdapter_notEmptyReg
  reg region_responseAdapter_notEmptyReg;
  wire region_responseAdapter_notEmptyReg_D_IN,
       region_responseAdapter_notEmptyReg_EN;

  // register region_responseAdapter_shift
  reg [9 : 0] region_responseAdapter_shift;
  wire [9 : 0] region_responseAdapter_shift_D_IN;
  wire region_responseAdapter_shift_EN;

  // register setInterface_responseAdapter_bits
  reg [63 : 0] setInterface_responseAdapter_bits;
  wire [63 : 0] setInterface_responseAdapter_bits_D_IN;
  wire setInterface_responseAdapter_bits_EN;

  // register setInterface_responseAdapter_count
  reg setInterface_responseAdapter_count;
  wire setInterface_responseAdapter_count_D_IN,
       setInterface_responseAdapter_count_EN;

  // register setInterface_responseAdapter_notEmptyReg
  reg setInterface_responseAdapter_notEmptyReg;
  wire setInterface_responseAdapter_notEmptyReg_D_IN,
       setInterface_responseAdapter_notEmptyReg_EN;

  // register setInterface_responseAdapter_shift
  reg [6 : 0] setInterface_responseAdapter_shift;
  wire [6 : 0] setInterface_responseAdapter_shift_D_IN;
  wire setInterface_responseAdapter_shift_EN;

  // register sglist_responseAdapter_bits
  reg [159 : 0] sglist_responseAdapter_bits;
  wire [159 : 0] sglist_responseAdapter_bits_D_IN;
  wire sglist_responseAdapter_bits_EN;

  // register sglist_responseAdapter_count
  reg [2 : 0] sglist_responseAdapter_count;
  wire [2 : 0] sglist_responseAdapter_count_D_IN;
  wire sglist_responseAdapter_count_EN;

  // register sglist_responseAdapter_notEmptyReg
  reg sglist_responseAdapter_notEmptyReg;
  wire sglist_responseAdapter_notEmptyReg_D_IN,
       sglist_responseAdapter_notEmptyReg_EN;

  // register sglist_responseAdapter_shift
  reg [8 : 0] sglist_responseAdapter_shift;
  wire [8 : 0] sglist_responseAdapter_shift_D_IN;
  wire sglist_responseAdapter_shift_EN;

  // inputs to muxes for submodule ports
  wire [415 : 0] MUX_region_responseAdapter_bits_write_1__VAL_1;
  wire [159 : 0] MUX_sglist_responseAdapter_bits_write_1__VAL_1;
  wire [63 : 0] MUX_setInterface_responseAdapter_bits_write_1__VAL_1;
  wire MUX_region_responseAdapter_bits_write_1__SEL_1,
       MUX_region_responseAdapter_notEmptyReg_write_1__SEL_1,
       MUX_setInterface_responseAdapter_bits_write_1__SEL_1,
       MUX_setInterface_responseAdapter_notEmptyReg_write_1__SEL_1,
       MUX_sglist_responseAdapter_bits_write_1__SEL_1,
       MUX_sglist_responseAdapter_notEmptyReg_write_1__SEL_1;

  // remaining internal signals
  wire [31 : 0] IF_idRequest_responseAdapter_notEmptyReg_THEN__ETC___d54;
  wire [3 : 0] x__h1716;
  wire [2 : 0] x__h1556;
  wire x__h2003;

  // action method methods_sglist_enq
  assign RDY_methods_sglist_enq = !sglist_responseAdapter_notEmptyReg ;

  // value method methods_sglist_notFull
  assign methods_sglist_notFull = !sglist_responseAdapter_notEmptyReg ;
  assign RDY_methods_sglist_notFull = 1'd1 ;

  // action method methods_region_enq
  assign RDY_methods_region_enq = !region_responseAdapter_notEmptyReg ;

  // value method methods_region_notFull
  assign methods_region_notFull = !region_responseAdapter_notEmptyReg ;
  assign RDY_methods_region_notFull = 1'd1 ;

  // action method methods_idRequest_enq
  assign RDY_methods_idRequest_enq = !idRequest_responseAdapter_notEmptyReg ;

  // value method methods_idRequest_notFull
  assign methods_idRequest_notFull = !idRequest_responseAdapter_notEmptyReg ;
  assign RDY_methods_idRequest_notFull = 1'd1 ;

  // action method methods_idReturn_enq
  assign RDY_methods_idReturn_enq = !idReturn_responseAdapter_notEmptyReg ;

  // value method methods_idReturn_notFull
  assign methods_idReturn_notFull = !idReturn_responseAdapter_notEmptyReg ;
  assign RDY_methods_idReturn_notFull = 1'd1 ;

  // action method methods_setInterface_enq
  assign RDY_methods_setInterface_enq =
	     !setInterface_responseAdapter_notEmptyReg ;

  // value method methods_setInterface_notFull
  assign methods_setInterface_notFull =
	     !setInterface_responseAdapter_notEmptyReg ;
  assign RDY_methods_setInterface_notFull = 1'd1 ;

  // value method portalIfc_messageSize_size
  always@(portalIfc_messageSize_size_methodNumber)
  begin
    case (portalIfc_messageSize_size_methodNumber)
      16'd0: portalIfc_messageSize_size = 16'd160;
      16'd1: portalIfc_messageSize_size = 16'd416;
      16'd2, 16'd3: portalIfc_messageSize_size = 16'd32;
      default: portalIfc_messageSize_size = 16'd64;
    endcase
  end
  assign RDY_portalIfc_messageSize_size = 1'd1 ;

  // value method portalIfc_indications_0_first
  assign portalIfc_indications_0_first =
	     sglist_responseAdapter_bits[159:128] ;
  assign RDY_portalIfc_indications_0_first =
	     sglist_responseAdapter_notEmptyReg ;

  // action method portalIfc_indications_0_deq
  assign RDY_portalIfc_indications_0_deq =
	     sglist_responseAdapter_notEmptyReg ;

  // value method portalIfc_indications_0_notEmpty
  assign portalIfc_indications_0_notEmpty =
	     sglist_responseAdapter_notEmptyReg ;
  assign RDY_portalIfc_indications_0_notEmpty = 1'd1 ;

  // value method portalIfc_indications_1_first
  assign portalIfc_indications_1_first =
	     region_responseAdapter_bits[415:384] ;
  assign RDY_portalIfc_indications_1_first =
	     region_responseAdapter_notEmptyReg ;

  // action method portalIfc_indications_1_deq
  assign RDY_portalIfc_indications_1_deq =
	     region_responseAdapter_notEmptyReg ;

  // value method portalIfc_indications_1_notEmpty
  assign portalIfc_indications_1_notEmpty =
	     region_responseAdapter_notEmptyReg ;
  assign RDY_portalIfc_indications_1_notEmpty = 1'd1 ;

  // value method portalIfc_indications_2_first
  assign portalIfc_indications_2_first = idRequest_responseAdapter_bits ;
  assign RDY_portalIfc_indications_2_first =
	     idRequest_responseAdapter_notEmptyReg ;

  // action method portalIfc_indications_2_deq
  assign RDY_portalIfc_indications_2_deq =
	     idRequest_responseAdapter_notEmptyReg ;

  // value method portalIfc_indications_2_notEmpty
  assign portalIfc_indications_2_notEmpty =
	     idRequest_responseAdapter_notEmptyReg ;
  assign RDY_portalIfc_indications_2_notEmpty = 1'd1 ;

  // value method portalIfc_indications_3_first
  assign portalIfc_indications_3_first = idReturn_responseAdapter_bits ;
  assign RDY_portalIfc_indications_3_first =
	     idReturn_responseAdapter_notEmptyReg ;

  // action method portalIfc_indications_3_deq
  assign RDY_portalIfc_indications_3_deq =
	     idReturn_responseAdapter_notEmptyReg ;

  // value method portalIfc_indications_3_notEmpty
  assign portalIfc_indications_3_notEmpty =
	     idReturn_responseAdapter_notEmptyReg ;
  assign RDY_portalIfc_indications_3_notEmpty = 1'd1 ;

  // value method portalIfc_indications_4_first
  assign portalIfc_indications_4_first =
	     setInterface_responseAdapter_bits[63:32] ;
  assign RDY_portalIfc_indications_4_first =
	     setInterface_responseAdapter_notEmptyReg ;

  // action method portalIfc_indications_4_deq
  assign RDY_portalIfc_indications_4_deq =
	     setInterface_responseAdapter_notEmptyReg ;

  // value method portalIfc_indications_4_notEmpty
  assign portalIfc_indications_4_notEmpty =
	     setInterface_responseAdapter_notEmptyReg ;
  assign RDY_portalIfc_indications_4_notEmpty = 1'd1 ;

  // value method portalIfc_intr_status
  assign portalIfc_intr_status =
	     sglist_responseAdapter_notEmptyReg ||
	     region_responseAdapter_notEmptyReg ||
	     idRequest_responseAdapter_notEmptyReg ||
	     idReturn_responseAdapter_notEmptyReg ||
	     setInterface_responseAdapter_notEmptyReg ;
  assign RDY_portalIfc_intr_status = 1'd1 ;

  // value method portalIfc_intr_channel
  assign portalIfc_intr_channel =
	     sglist_responseAdapter_notEmptyReg ?
	       32'd0 :
	       (region_responseAdapter_notEmptyReg ?
		  32'd1 :
		  IF_idRequest_responseAdapter_notEmptyReg_THEN__ETC___d54) ;
  assign RDY_portalIfc_intr_channel = 1'd1 ;

  // inputs to muxes for submodule ports
  assign MUX_region_responseAdapter_bits_write_1__SEL_1 =
	     EN_portalIfc_indications_1_deq &&
	     region_responseAdapter_count != 4'd12 ;
  assign MUX_region_responseAdapter_notEmptyReg_write_1__SEL_1 =
	     EN_portalIfc_indications_1_deq &&
	     region_responseAdapter_count == 4'd12 ;
  assign MUX_setInterface_responseAdapter_bits_write_1__SEL_1 =
	     EN_portalIfc_indications_4_deq &&
	     !setInterface_responseAdapter_count ;
  assign MUX_setInterface_responseAdapter_notEmptyReg_write_1__SEL_1 =
	     EN_portalIfc_indications_4_deq &&
	     setInterface_responseAdapter_count ;
  assign MUX_sglist_responseAdapter_bits_write_1__SEL_1 =
	     EN_portalIfc_indications_0_deq &&
	     sglist_responseAdapter_count != 3'd4 ;
  assign MUX_sglist_responseAdapter_notEmptyReg_write_1__SEL_1 =
	     EN_portalIfc_indications_0_deq &&
	     sglist_responseAdapter_count == 3'd4 ;
  assign MUX_region_responseAdapter_bits_write_1__VAL_1 =
	     { region_responseAdapter_bits[383:0], 32'd0 } ;
  assign MUX_setInterface_responseAdapter_bits_write_1__VAL_1 =
	     { setInterface_responseAdapter_bits[31:0], 32'd0 } ;
  assign MUX_sglist_responseAdapter_bits_write_1__VAL_1 =
	     { sglist_responseAdapter_bits[127:0], 32'd0 } ;

  // register idRequest_responseAdapter_bits
  assign idRequest_responseAdapter_bits_D_IN = methods_idRequest_enq_v ;
  assign idRequest_responseAdapter_bits_EN = EN_methods_idRequest_enq ;

  // register idRequest_responseAdapter_notEmptyReg
  assign idRequest_responseAdapter_notEmptyReg_D_IN =
	     !EN_portalIfc_indications_2_deq ;
  assign idRequest_responseAdapter_notEmptyReg_EN =
	     EN_portalIfc_indications_2_deq || EN_methods_idRequest_enq ;

  // register idRequest_responseAdapter_shift
  assign idRequest_responseAdapter_shift_D_IN = 6'h0 ;
  assign idRequest_responseAdapter_shift_EN = 1'b0 ;

  // register idReturn_responseAdapter_bits
  assign idReturn_responseAdapter_bits_D_IN = methods_idReturn_enq_v ;
  assign idReturn_responseAdapter_bits_EN = EN_methods_idReturn_enq ;

  // register idReturn_responseAdapter_notEmptyReg
  assign idReturn_responseAdapter_notEmptyReg_D_IN =
	     !EN_portalIfc_indications_3_deq ;
  assign idReturn_responseAdapter_notEmptyReg_EN =
	     EN_portalIfc_indications_3_deq || EN_methods_idReturn_enq ;

  // register idReturn_responseAdapter_shift
  assign idReturn_responseAdapter_shift_D_IN = 6'h0 ;
  assign idReturn_responseAdapter_shift_EN = 1'b0 ;

  // register region_responseAdapter_bits
  assign region_responseAdapter_bits_D_IN =
	     MUX_region_responseAdapter_bits_write_1__SEL_1 ?
	       MUX_region_responseAdapter_bits_write_1__VAL_1 :
	       methods_region_enq_v ;
  assign region_responseAdapter_bits_EN =
	     EN_portalIfc_indications_1_deq &&
	     region_responseAdapter_count != 4'd12 ||
	     EN_methods_region_enq ;

  // register region_responseAdapter_count
  assign region_responseAdapter_count_D_IN =
	     (region_responseAdapter_count == 4'd12) ? 4'd0 : x__h1716 ;
  assign region_responseAdapter_count_EN = EN_portalIfc_indications_1_deq ;

  // register region_responseAdapter_notEmptyReg
  assign region_responseAdapter_notEmptyReg_D_IN =
	     !MUX_region_responseAdapter_notEmptyReg_write_1__SEL_1 ;
  assign region_responseAdapter_notEmptyReg_EN =
	     EN_portalIfc_indications_1_deq &&
	     region_responseAdapter_count == 4'd12 ||
	     EN_methods_region_enq ;

  // register region_responseAdapter_shift
  assign region_responseAdapter_shift_D_IN =
	     region_responseAdapter_shift + 10'd32 ;
  assign region_responseAdapter_shift_EN =
	     MUX_region_responseAdapter_bits_write_1__SEL_1 ;

  // register setInterface_responseAdapter_bits
  assign setInterface_responseAdapter_bits_D_IN =
	     MUX_setInterface_responseAdapter_bits_write_1__SEL_1 ?
	       MUX_setInterface_responseAdapter_bits_write_1__VAL_1 :
	       methods_setInterface_enq_v ;
  assign setInterface_responseAdapter_bits_EN =
	     EN_portalIfc_indications_4_deq &&
	     !setInterface_responseAdapter_count ||
	     EN_methods_setInterface_enq ;

  // register setInterface_responseAdapter_count
  assign setInterface_responseAdapter_count_D_IN =
	     !setInterface_responseAdapter_count && x__h2003 ;
  assign setInterface_responseAdapter_count_EN =
	     EN_portalIfc_indications_4_deq ;

  // register setInterface_responseAdapter_notEmptyReg
  assign setInterface_responseAdapter_notEmptyReg_D_IN =
	     !MUX_setInterface_responseAdapter_notEmptyReg_write_1__SEL_1 ;
  assign setInterface_responseAdapter_notEmptyReg_EN =
	     EN_portalIfc_indications_4_deq &&
	     setInterface_responseAdapter_count ||
	     EN_methods_setInterface_enq ;

  // register setInterface_responseAdapter_shift
  assign setInterface_responseAdapter_shift_D_IN =
	     setInterface_responseAdapter_shift + 7'd32 ;
  assign setInterface_responseAdapter_shift_EN =
	     MUX_setInterface_responseAdapter_bits_write_1__SEL_1 ;

  // register sglist_responseAdapter_bits
  assign sglist_responseAdapter_bits_D_IN =
	     MUX_sglist_responseAdapter_bits_write_1__SEL_1 ?
	       MUX_sglist_responseAdapter_bits_write_1__VAL_1 :
	       methods_sglist_enq_v ;
  assign sglist_responseAdapter_bits_EN =
	     EN_portalIfc_indications_0_deq &&
	     sglist_responseAdapter_count != 3'd4 ||
	     EN_methods_sglist_enq ;

  // register sglist_responseAdapter_count
  assign sglist_responseAdapter_count_D_IN =
	     (sglist_responseAdapter_count == 3'd4) ? 3'd0 : x__h1556 ;
  assign sglist_responseAdapter_count_EN = EN_portalIfc_indications_0_deq ;

  // register sglist_responseAdapter_notEmptyReg
  assign sglist_responseAdapter_notEmptyReg_D_IN =
	     !MUX_sglist_responseAdapter_notEmptyReg_write_1__SEL_1 ;
  assign sglist_responseAdapter_notEmptyReg_EN =
	     EN_portalIfc_indications_0_deq &&
	     sglist_responseAdapter_count == 3'd4 ||
	     EN_methods_sglist_enq ;

  // register sglist_responseAdapter_shift
  assign sglist_responseAdapter_shift_D_IN =
	     sglist_responseAdapter_shift + 9'd32 ;
  assign sglist_responseAdapter_shift_EN =
	     MUX_sglist_responseAdapter_bits_write_1__SEL_1 ;

  // remaining internal signals
  assign IF_idRequest_responseAdapter_notEmptyReg_THEN__ETC___d54 =
	     idRequest_responseAdapter_notEmptyReg ?
	       32'd2 :
	       (idReturn_responseAdapter_notEmptyReg ?
		  32'd3 :
		  (setInterface_responseAdapter_notEmptyReg ?
		     32'd4 :
		     32'hFFFFFFFF)) ;
  assign x__h1556 = sglist_responseAdapter_count + 3'd1 ;
  assign x__h1716 = region_responseAdapter_count + 4'd1 ;
  assign x__h2003 = setInterface_responseAdapter_count + 1'd1 ;

  // handling of inlined registers

  always@(posedge CLK)
  begin
    if (RST_N == `BSV_RESET_VALUE)
      begin
        idRequest_responseAdapter_bits <= `BSV_ASSIGNMENT_DELAY 32'd0;
	idRequest_responseAdapter_notEmptyReg <= `BSV_ASSIGNMENT_DELAY 1'd0;
	idRequest_responseAdapter_shift <= `BSV_ASSIGNMENT_DELAY 6'd0;
	idReturn_responseAdapter_bits <= `BSV_ASSIGNMENT_DELAY 32'd0;
	idReturn_responseAdapter_notEmptyReg <= `BSV_ASSIGNMENT_DELAY 1'd0;
	idReturn_responseAdapter_shift <= `BSV_ASSIGNMENT_DELAY 6'd0;
	region_responseAdapter_bits <= `BSV_ASSIGNMENT_DELAY 416'd0;
	region_responseAdapter_count <= `BSV_ASSIGNMENT_DELAY 4'd0;
	region_responseAdapter_notEmptyReg <= `BSV_ASSIGNMENT_DELAY 1'd0;
	region_responseAdapter_shift <= `BSV_ASSIGNMENT_DELAY 10'd0;
	setInterface_responseAdapter_bits <= `BSV_ASSIGNMENT_DELAY 64'd0;
	setInterface_responseAdapter_count <= `BSV_ASSIGNMENT_DELAY 1'd0;
	setInterface_responseAdapter_notEmptyReg <= `BSV_ASSIGNMENT_DELAY
	    1'd0;
	setInterface_responseAdapter_shift <= `BSV_ASSIGNMENT_DELAY 7'd0;
	sglist_responseAdapter_bits <= `BSV_ASSIGNMENT_DELAY 160'd0;
	sglist_responseAdapter_count <= `BSV_ASSIGNMENT_DELAY 3'd0;
	sglist_responseAdapter_notEmptyReg <= `BSV_ASSIGNMENT_DELAY 1'd0;
	sglist_responseAdapter_shift <= `BSV_ASSIGNMENT_DELAY 9'd0;
      end
    else
      begin
        if (idRequest_responseAdapter_bits_EN)
	  idRequest_responseAdapter_bits <= `BSV_ASSIGNMENT_DELAY
	      idRequest_responseAdapter_bits_D_IN;
	if (idRequest_responseAdapter_notEmptyReg_EN)
	  idRequest_responseAdapter_notEmptyReg <= `BSV_ASSIGNMENT_DELAY
	      idRequest_responseAdapter_notEmptyReg_D_IN;
	if (idRequest_responseAdapter_shift_EN)
	  idRequest_responseAdapter_shift <= `BSV_ASSIGNMENT_DELAY
	      idRequest_responseAdapter_shift_D_IN;
	if (idReturn_responseAdapter_bits_EN)
	  idReturn_responseAdapter_bits <= `BSV_ASSIGNMENT_DELAY
	      idReturn_responseAdapter_bits_D_IN;
	if (idReturn_responseAdapter_notEmptyReg_EN)
	  idReturn_responseAdapter_notEmptyReg <= `BSV_ASSIGNMENT_DELAY
	      idReturn_responseAdapter_notEmptyReg_D_IN;
	if (idReturn_responseAdapter_shift_EN)
	  idReturn_responseAdapter_shift <= `BSV_ASSIGNMENT_DELAY
	      idReturn_responseAdapter_shift_D_IN;
	if (region_responseAdapter_bits_EN)
	  region_responseAdapter_bits <= `BSV_ASSIGNMENT_DELAY
	      region_responseAdapter_bits_D_IN;
	if (region_responseAdapter_count_EN)
	  region_responseAdapter_count <= `BSV_ASSIGNMENT_DELAY
	      region_responseAdapter_count_D_IN;
	if (region_responseAdapter_notEmptyReg_EN)
	  region_responseAdapter_notEmptyReg <= `BSV_ASSIGNMENT_DELAY
	      region_responseAdapter_notEmptyReg_D_IN;
	if (region_responseAdapter_shift_EN)
	  region_responseAdapter_shift <= `BSV_ASSIGNMENT_DELAY
	      region_responseAdapter_shift_D_IN;
	if (setInterface_responseAdapter_bits_EN)
	  setInterface_responseAdapter_bits <= `BSV_ASSIGNMENT_DELAY
	      setInterface_responseAdapter_bits_D_IN;
	if (setInterface_responseAdapter_count_EN)
	  setInterface_responseAdapter_count <= `BSV_ASSIGNMENT_DELAY
	      setInterface_responseAdapter_count_D_IN;
	if (setInterface_responseAdapter_notEmptyReg_EN)
	  setInterface_responseAdapter_notEmptyReg <= `BSV_ASSIGNMENT_DELAY
	      setInterface_responseAdapter_notEmptyReg_D_IN;
	if (setInterface_responseAdapter_shift_EN)
	  setInterface_responseAdapter_shift <= `BSV_ASSIGNMENT_DELAY
	      setInterface_responseAdapter_shift_D_IN;
	if (sglist_responseAdapter_bits_EN)
	  sglist_responseAdapter_bits <= `BSV_ASSIGNMENT_DELAY
	      sglist_responseAdapter_bits_D_IN;
	if (sglist_responseAdapter_count_EN)
	  sglist_responseAdapter_count <= `BSV_ASSIGNMENT_DELAY
	      sglist_responseAdapter_count_D_IN;
	if (sglist_responseAdapter_notEmptyReg_EN)
	  sglist_responseAdapter_notEmptyReg <= `BSV_ASSIGNMENT_DELAY
	      sglist_responseAdapter_notEmptyReg_D_IN;
	if (sglist_responseAdapter_shift_EN)
	  sglist_responseAdapter_shift <= `BSV_ASSIGNMENT_DELAY
	      sglist_responseAdapter_shift_D_IN;
      end
  end

  // synopsys translate_off
  `ifdef BSV_NO_INITIAL_BLOCKS
  `else // not BSV_NO_INITIAL_BLOCKS
  initial
  begin
    idRequest_responseAdapter_bits = 32'hAAAAAAAA;
    idRequest_responseAdapter_notEmptyReg = 1'h0;
    idRequest_responseAdapter_shift = 6'h2A;
    idReturn_responseAdapter_bits = 32'hAAAAAAAA;
    idReturn_responseAdapter_notEmptyReg = 1'h0;
    idReturn_responseAdapter_shift = 6'h2A;
    region_responseAdapter_bits =
	416'hAAAAAAAAAAAAAAAAAAAAAAAAAAAAAAAAAAAAAAAAAAAAAAAAAAAAAAAAAAAAAAAAAAAAAAAAAAAAAAAAAAAAAAAAAAAAAAAAAAAAAAAA;
    region_responseAdapter_count = 4'hA;
    region_responseAdapter_notEmptyReg = 1'h0;
    region_responseAdapter_shift = 10'h2AA;
    setInterface_responseAdapter_bits = 64'hAAAAAAAAAAAAAAAA;
    setInterface_responseAdapter_count = 1'h0;
    setInterface_responseAdapter_notEmptyReg = 1'h0;
    setInterface_responseAdapter_shift = 7'h2A;
    sglist_responseAdapter_bits =
	160'hAAAAAAAAAAAAAAAAAAAAAAAAAAAAAAAAAAAAAAAA;
    sglist_responseAdapter_count = 3'h2;
    sglist_responseAdapter_notEmptyReg = 1'h0;
    sglist_responseAdapter_shift = 9'h0AA;
  end
  `endif // BSV_NO_INITIAL_BLOCKS
  // synopsys translate_on
endmodule  // mkMMURequestOutputPipes